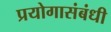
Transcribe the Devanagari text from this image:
प्रयोगासंबंधी